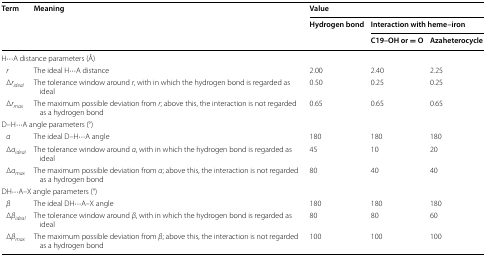
<table><thead><tr><td rowspan="3"><b>Term</b></td><td rowspan="3"><b>Meaning</b></td><td colspan="3"><b>Value</b></td></tr><tr><td rowspan="2"><b>Hydrogen bond</b></td><td colspan="2"><b>Interaction with heme–iron</b></td></tr><tr><td><b>C19–OH or = O</b></td><td><b>Azaheterocycle</b></td></tr></thead><tbody><tr><td colspan="5">H···A distance parameters (Å)</td></tr><tr><td> <i>r</i></td><td>The ideal H···A distance</td><td>2.00</td><td>2.40</td><td>2.25</td></tr><tr><td> Δ<i>r</i><sub><i>ideal</i></sub></td><td>The tolerance window around <i>r</i>, with in which the hydrogen bond is regarded as ideal</td><td>0.50</td><td>0.25</td><td>0.25</td></tr><tr><td> Δ<i>r</i><sub><i>max</i></sub></td><td>The maximum possible deviation from <i>r</i>; above this, the interaction is not regarded as a hydrogen bond</td><td>0.65</td><td>0.65</td><td>0.65</td></tr><tr><td colspan="5">D–H···A angle parameters (°)</td></tr><tr><td> <i>α</i></td><td>The ideal D–H···A angle</td><td>180</td><td>180</td><td>180</td></tr><tr><td> Δ<i>α</i><sub><i>ideal</i></sub></td><td>The tolerance window around <i>α</i>, with in which the hydrogen bond is regarded as ideal</td><td>45</td><td>10</td><td>20</td></tr><tr><td> Δ<i>α</i><sub><i>max</i></sub></td><td>The maximum possible deviation from <i>α</i>; above this, the interaction is not regarded as a hydrogen bond</td><td>80</td><td>40</td><td>40</td></tr><tr><td colspan="5">DH···A–X angle parameters (°)</td></tr><tr><td> <i>β</i></td><td>The ideal DH···A–X angle</td><td>180</td><td>180</td><td>180</td></tr><tr><td> Δ<i>β</i><sub><i>ideal</i></sub></td><td>The tolerance window around <i>β</i>, with in which the hydrogen bond is regarded as ideal</td><td>80</td><td>80</td><td>60</td></tr><tr><td> Δ<i>β</i><sub><i>max</i></sub></td><td>The maximum possible deviation from <i>β</i>; above this, the interaction is not regarded as a hydrogen bond</td><td>100</td><td>100</td><td>100</td></tr></tbody></table>